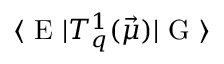
\langle \textrm { E } | T _ { q } ^ { 1 } ( \vec { \mu } ) | \textrm { G } \rangle